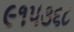
૯૧૫૩૬૮